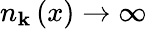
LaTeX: n_{\mathbf{k}}\left(x\right)\rightarrow\infty